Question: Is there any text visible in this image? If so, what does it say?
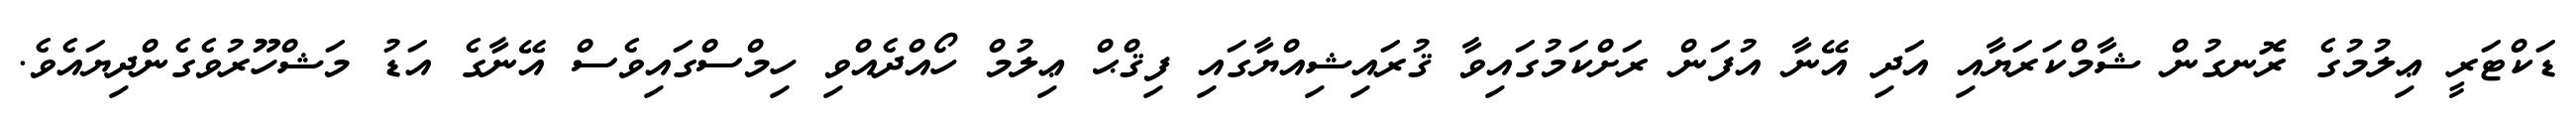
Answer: ޑަކްޓަރީ ޢިލުމުގެ ރޮނގުން ޝާމްކަރަޔާއި އަދި އޭނާ އުފަން ރަށްކަމުގައިވާ ޤުރައިޝިއްޔާގައި ފިޤްޙް ޢިލުމް ހޯއްދެއްވި ހިމްސްގައިވެސް އޭނާގެ އަޑު މަޝްހޫރުވެގެންދިޔައެވެ.